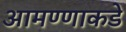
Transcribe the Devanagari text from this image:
आमण्णाकडे